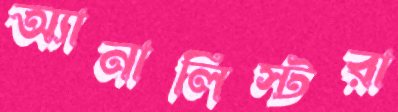
অ্যানালিস্টরা